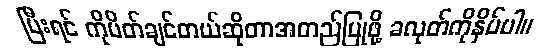
ပြီးရင် ကိုပိတ်ချင်တယ်ဆိုတာအတည်ပြုဖို့ ခလုတ်ကိုနှိပ်ပါ။